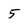
Character: 5